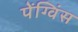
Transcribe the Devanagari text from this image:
पेंग्विंस